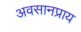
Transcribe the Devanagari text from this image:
अवसानप्राय